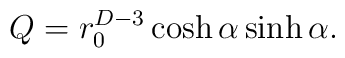
Q= r_0^{D-3}  \cosh\alpha \sinh\alpha .